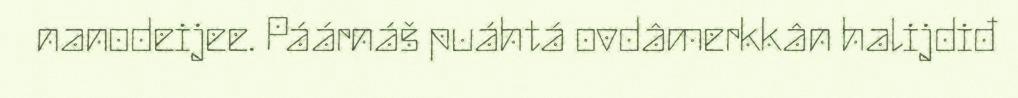
nanodeijee. Páárnáš puáhtá ovdâmerkkân halijdiđ